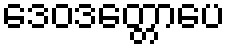
ဒေဝဒတ္တောပေ